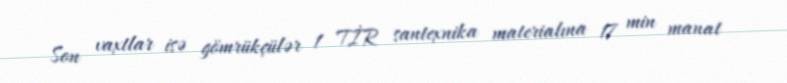
Son vaxtlar isə gömrükçülər 1 TİR santexnika materialına 17 min manat